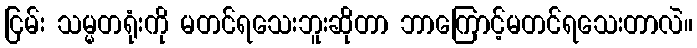
ငြမ်း သမ္မတရုံးကို မတင်ရသေးဘူးဆိုတာ ဘာကြောင့်မတင်ရသေးတာလဲ။